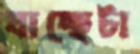
যাচ্ছেটা